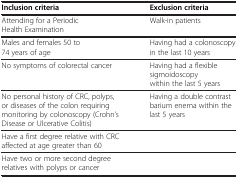
<table><thead><tr><td><b>Inclusion criteria</b></td><td><b>Exclusion criteria</b></td></tr></thead><tbody><tr><td>Attending for a Periodic Health Examination</td><td>Walk-in patients</td></tr><tr><td>Males and females 50 to 74 years of age</td><td>Having had a colonoscopy in the last 10 years</td></tr><tr><td>No symptoms of colorectal cancer</td><td>Having had a flexible sigmoidoscopy within the last 5 years</td></tr><tr><td>No personal history of CRC, polyps, or diseases of the colon requiring monitoring by colonoscopy (Crohn’s Disease or Ulcerative Colitis)</td><td>Having a double contrast barium enema within the last 5 years</td></tr><tr><td>Have a first degree relative with CRC affected at age greater than 60</td><td> </td></tr><tr><td>Have two or more second degree relatives with polyps or cancer</td><td> </td></tr></tbody></table>